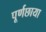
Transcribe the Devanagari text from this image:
पूर्णछाया